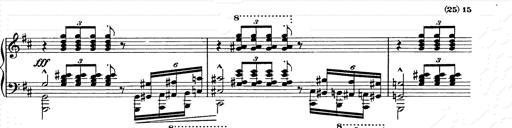
Title: Ballade No.2
Composer: Jan Skrzydlewski
Key: B minor